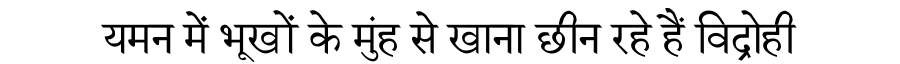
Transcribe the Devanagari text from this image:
यमन में भूखों के मुंह से खाना छीन रहे हैं विद्रोही